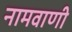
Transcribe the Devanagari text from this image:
नामवाणी